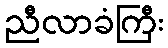
ညီလာခံကြီး